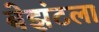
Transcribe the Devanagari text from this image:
बेझंटला